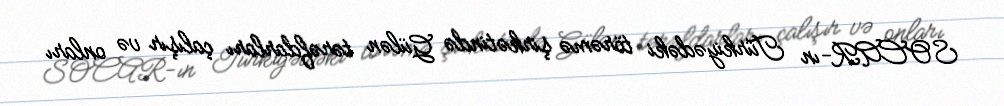
SOCAR-ın Türkiyədəki törəmə şirkətində Gülən tərəfdarları çalışır və onları